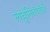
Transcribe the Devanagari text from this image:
लघुनिबंधांची